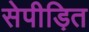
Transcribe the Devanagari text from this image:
सेपीड़ित